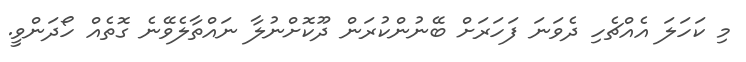
މި ކަހަލަ އެއްޗެހި ދެވަނަ ފަހަރަށް ބޭނުންކުރަން ދޫކޮށްނުލާ ނައްތާލެވޭނެ ގޮތެއް ހޯދަންވީ.